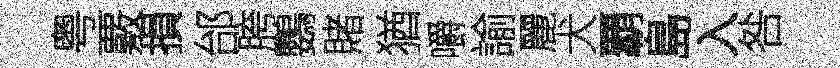
粤覈損邰胯鸚賭猶嚼諭麗犬覇島入咎